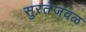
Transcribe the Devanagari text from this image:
सुरतेजवळ